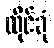
ထိုင်ခုံ